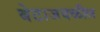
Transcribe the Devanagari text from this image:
बेटाजवळील